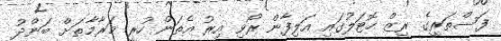
ފަސްތަރީގެ ރިޒް ހޮޓަލުގައި އަލިފާން ރޯވި އިރު އެތަން ހުރީ މަރާމާތަށް ބަންދު